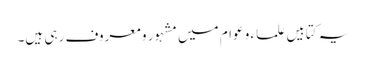
یہ کتابیں علماء و عوام میں مشہور و معروف رہی ہیں۔